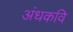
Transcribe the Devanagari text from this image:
अंधकवि